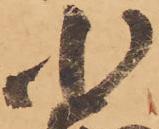
小